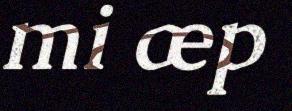
mi æp